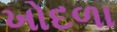
ખોદળા